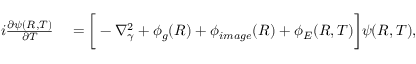
\begin{array} { r l } { i \frac { \partial \psi ( R , T ) } { \partial T } } & { { } = \bigg [ - \nabla _ { \gamma } ^ { 2 } + \phi _ { g } ( R ) + \phi _ { i m a g e } ( R ) + \phi _ { E } ( R , T ) \bigg ] \psi ( R , T ) , } \end{array}